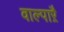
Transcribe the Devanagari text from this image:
वाल्पाऱै